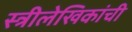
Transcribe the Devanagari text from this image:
स्त्रीलेखिकांची